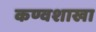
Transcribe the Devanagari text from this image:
कण्वशाखा